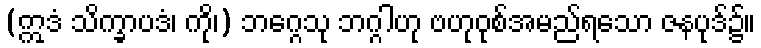
(ဣဒံ သိက္ခာပဒံ၊ ကို၊) ဘဂ္ဂေသု ဘဂ္ဂါဟု ဗဟုဝုစ်အမည်ရသော ဇနပုဒ်၌။